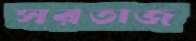
সরতাজ